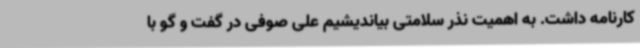
کارنامه داشت. به اهمیت نذر سلامتی بیاندیشیم علی صوفی در گفت و گو با